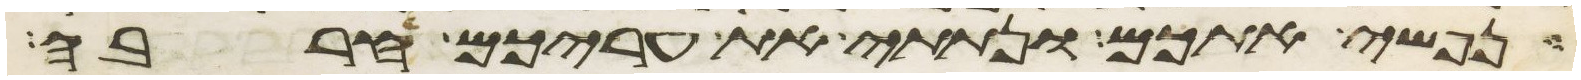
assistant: נפשי אתכם ונתתי את עריכם חרבה